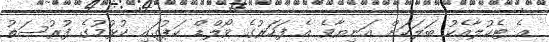
އެ ޓެކުލާއެކު ބަލަކަށް އަނިޔާވެ އެ ފަހަރުގެ ވޯލްޑް ކަޕުގައި ކުޅުމުގެ ފުރުސަތު